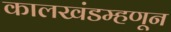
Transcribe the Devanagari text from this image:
कालखंडम्हणून